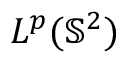
L ^ { p } ( \mathbb { S } ^ { 2 } )